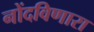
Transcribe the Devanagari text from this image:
नोंदविणारा